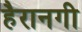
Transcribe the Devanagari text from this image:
हैरानगी